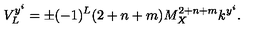
V _ { L } ^ { y ^ { i } } = \pm ( - 1 ) ^ { L } ( 2 + n + m ) M _ { X } ^ { 2 + n + m } k ^ { y ^ { i } } . \,